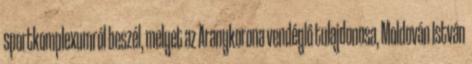
sportkomplexumról beszél, melyet az Aranykorona vendéglő tulajdonosa, Moldován István